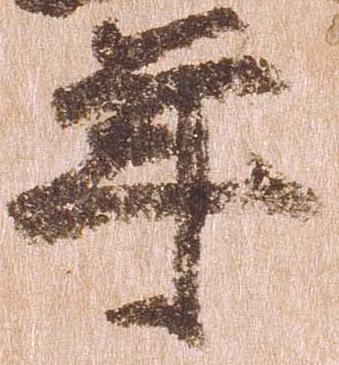
年